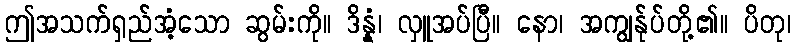
ဤအသက်ရှည်အံ့သော ဆွမ်းကို။ ဒိန္နံ၊ လှူအပ်ပြီ။ နော၊ အကျွန်ုပ်တို့၏။ ပိတု၊